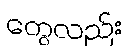
တွေလည်း